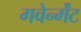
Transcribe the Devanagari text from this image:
गवेर्न्मेंट